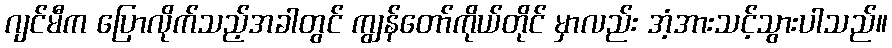
ဂျင်မီက ပြောလိုက်သည့်အခါတွင် ကျွန်တော်ကိုယ်တိုင် မှာလည်း အံ့အားသင့်သွားပါသည်။